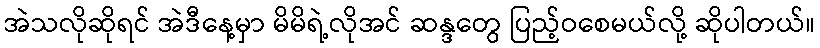
အဲသလိုဆိုရင် အဲဒီနေ့မှာ မိမိရဲ့လိုအင် ဆန္ဒတွေ ပြည့်ဝစေမယ်လို့ ဆိုပါတယ်။